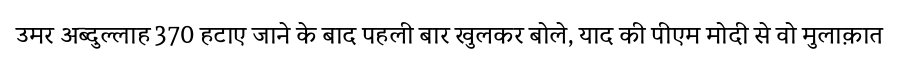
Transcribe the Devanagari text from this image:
उमर अब्दुल्लाह 370 हटाए जाने के बाद पहली बार खुलकर बोले, याद की पीएम मोदी से वो मुलाक़ात